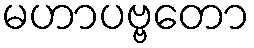
မဟာပဗ္ဗတော